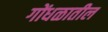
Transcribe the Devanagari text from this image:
गोंधळातील